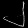
Digit: ၂